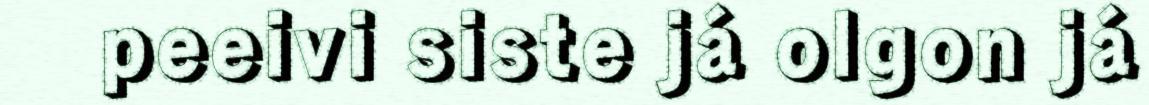
peeivi siste já olgon já